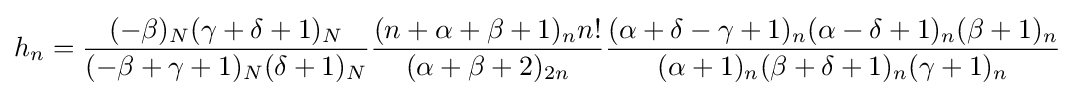
h_{n}={\frac {(-\beta )_{N}(\gamma +\delta +1)_{N}}{(-\beta +\gamma +1)_{N}(\delta +1)_{N}}}{\frac {(n+\alpha +\beta +1)_{n}n!}{(\alpha +\beta +2)_{2n}}}{\frac {(\alpha +\delta -\gamma +1)_{n}(\alpha -\delta +1)_{n}(\beta +1)_{n}}{(\alpha +1)_{n}(\beta +\delta +1)_{n}(\gamma +1)_{n}}}